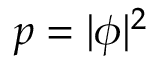
p = | \phi | ^ { 2 }